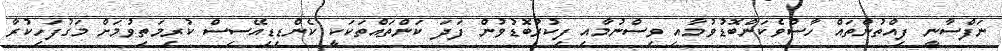
ނަފްސާނީ ފިއްތުންތައް ހާސްވެކަންބޮޑުވުމާއި ވިސްނުމާއި ފިކުރުބޮޑުވުން ފަދަ ކަންތައްތަކަކީ ކެންޑިޑިއޭސިސް ކުރިމަތިވުމަށް މަގުފަހިކުރާ